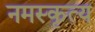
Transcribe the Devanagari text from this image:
नमस्कृत्य